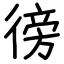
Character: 徬